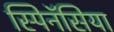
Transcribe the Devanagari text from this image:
स्पिनॅसिया